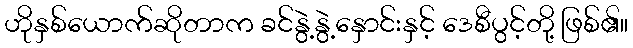
ဟိုနှစ်ယောက်ဆိုတာက ခင်နွဲ့နွဲ့နှောင်းနှင့် ဒေစီပွင့်တို့ ဖြစ်၏။